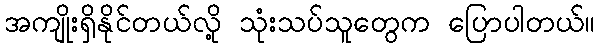
အကျိုးရှိနိုင်တယ်လို့ သုံးသပ်သူတွေက ပြောပါတယ်။